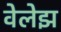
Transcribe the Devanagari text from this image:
वेलेझ